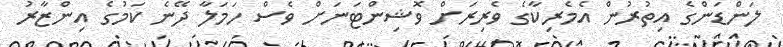
ލަންޑަންގެ އިތުރުން އެމެރިކާގެ ވެރިރަށް ވޮޝިންޓަނަށް ވެސް ހަމަލާ ދޭނެ ކަމުގެ އިންޒާރު